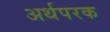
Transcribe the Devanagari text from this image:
अर्थपरक